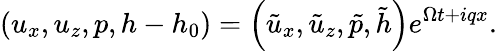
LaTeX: \left(u_{x},u_{z},p,h-h_{0}\right)=\left(\tilde{u}_{x},\tilde{u}_{z},\tilde{p},\tilde{h}\right){{e}^{\Omega t+i{{q}}x}}.